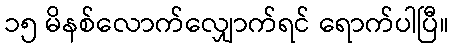
၁၅ မိနစ်လောက်လျှောက်ရင် ရောက်ပါပြီ။